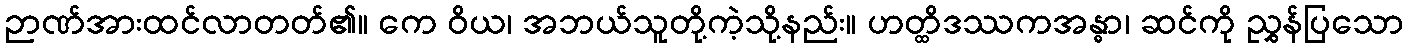
ဉာဏ်အားထင်လာတတ်၏။ ကေ ဝိယ၊ အဘယ်သူတို့ကဲ့သို့နည်း။ ဟတ္ထိဒဿကအန္ဓာ၊ ဆင်ကို ညွှန်ပြသော